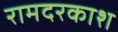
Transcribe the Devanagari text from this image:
रामदरकाश